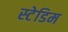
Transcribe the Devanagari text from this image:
स्टेडिम